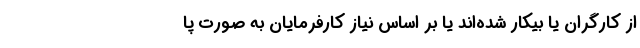
از کارگران یا بیکار شده‌اند یا بر اساس نیاز کارفرمایان به صورت پا